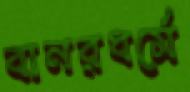
বানরধর্মে